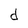
Character: d